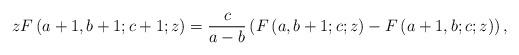
LaTeX: \begin{align*}zF\left(a+1,b+1;c+1;z\right)=\frac{c}{a-b}\left(F\left(a,b+1;c;z\right)-F\left(a+1,b;c;z\right)\right),\end{align*}